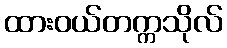
ထားဝယ်တက္ကသိုလ်